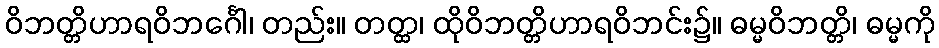
ဝိဘတ္တိဟာရဝိဘင်္ဂေါ၊ တည်း။ တတ္ထ၊ ထိုဝိဘတ္တိဟာရဝိဘင်း၌။ ဓမ္မဝိဘတ္တိ၊ ဓမ္မကို